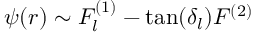
{ \psi ( r ) \sim F _ { l } ^ { ( 1 ) } - \tan ( \delta _ { l } ) F ^ { ( 2 ) } }